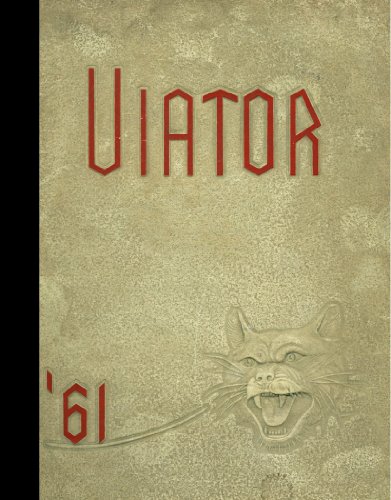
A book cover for (Reprint) 1961 Yearbook: East Paterson Memorial High School, Elmwood Park, New Jersey; Reference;